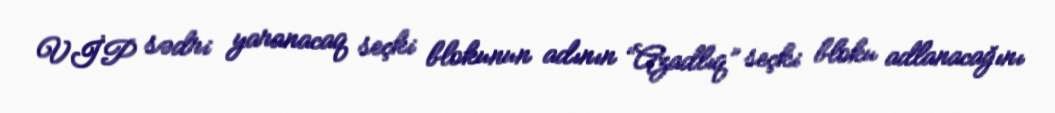
VİP sədri yaranacaq seçki blokunun adının “Azadlıq” seçki bloku adlanacağını